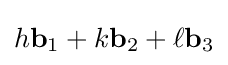
h\mathbf {b} _{1}+k\mathbf {b} _{2}+\ell \mathbf {b} _{3}